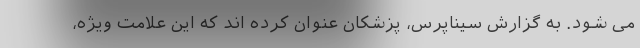
می شود. به گزارش سیناپرس، پزشکان عنوان کرده اند که این علامت ویژه،